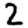
Digit: 2